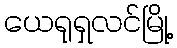
ယေရုရှလင်မြို့